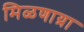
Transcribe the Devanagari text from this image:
मिळणाय्रा